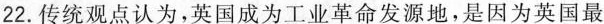
22.传统观点认为，英国成为工业革命发源地，是因为英国最